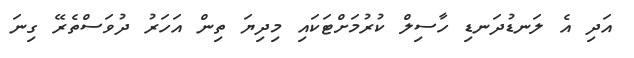
އަދި އެ ލަނޑުދަނޑި ހާސިލް ކުރުމަށްޓަކައި މިދިޔަ ތިން އަހަރު ދުވަސްތެރޭ ގިނަ